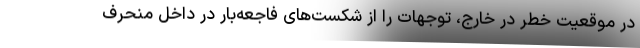
در موقعیت خطر در خارج، توجهات را از شکست‌های فاجعه‌بار در داخل منحرف